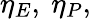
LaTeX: \eta_{E},~\eta_{P},